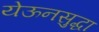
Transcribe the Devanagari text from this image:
येऊनसुद्धा